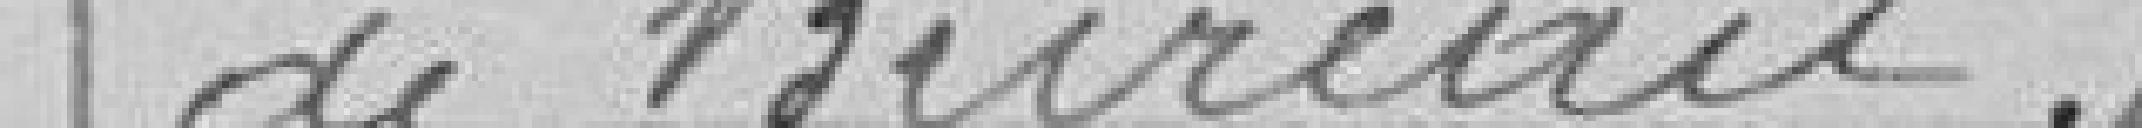
de bureau